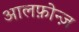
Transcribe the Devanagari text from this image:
आलफ़ोन्ज़